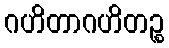
ဂဟိတာဂဟိတဉ္စ